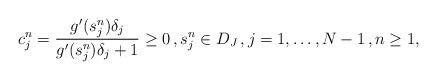
LaTeX: \begin{align*}c^n_j = \frac{g'(s_j^n) \delta_j}{g'(s_j^n) \delta_j+1} \ge 0 \,, s_j^n\in D_J\,,j=1,\ldots,N-1\,,n\ge 1, \end{align*}